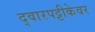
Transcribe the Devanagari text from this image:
द्वारपट्टीकेवर